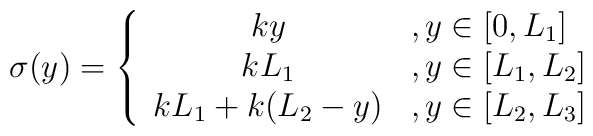
\sigma (y)=\left\{ \begin{array}{cl}{ky} & ,y\in \lbrack 0,L_{1}] \\ {kL_{1}} & ,y\in \lbrack L_{1},L_{2}] \\ {kL_{1}+k(L_{2}-y)} & ,y\in \lbrack L_{2},L_{3}]\end{array}\right. \